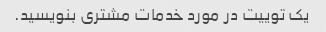
یک توییت در مورد خدمات مشتری بنویسید.